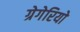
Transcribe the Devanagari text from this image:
ग्रेगेरियो